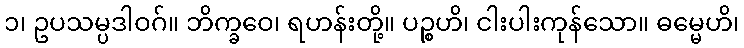
၁၊ ဥပသမ္ပဒါဝဂ်။ ဘိက္ခဝေ၊ ရဟန်းတို့။ ပဉ္စဟိ၊ ငါးပါးကုန်သော။ ဓမ္မေဟိ၊